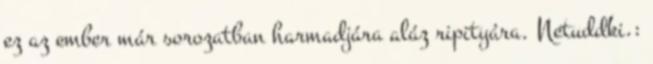
ez az ember már sorozatban harmadjára aláz ripityára. Netuddki.: